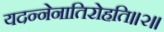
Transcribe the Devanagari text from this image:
यदन्नेनातिरोहति॥२॥